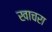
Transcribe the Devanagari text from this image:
खाचरा